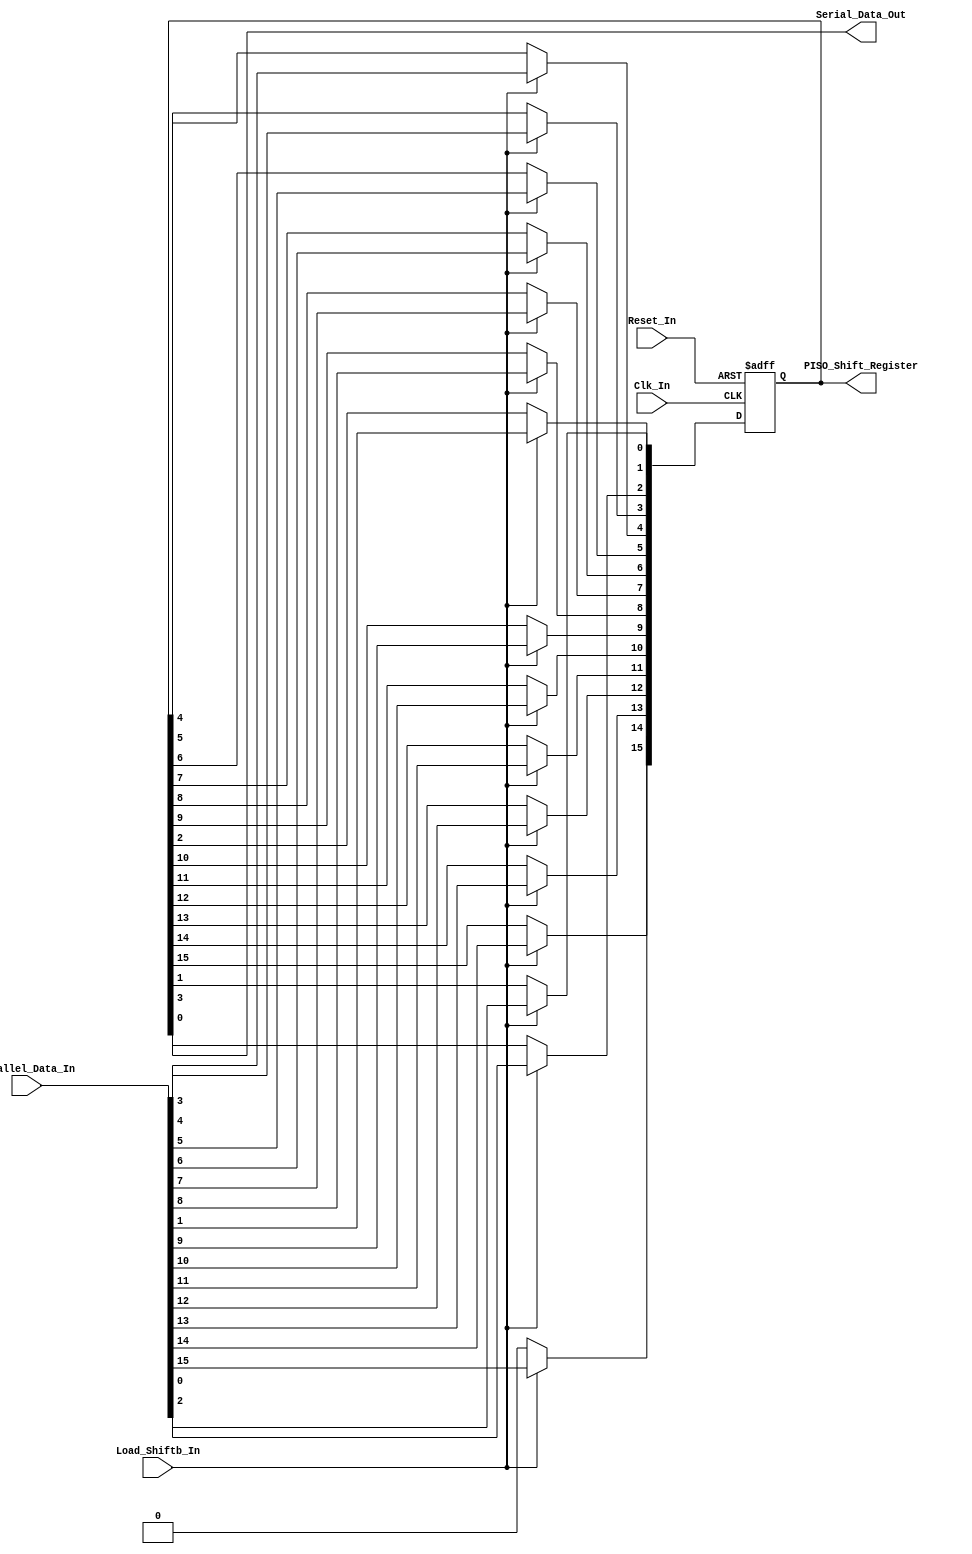
/*
Verilog Code, to implement a Parallel-In-Serial-Out - PISO - 16-Bit Shift Register.



Author : Prasad Narayan Ghatol
*/



module Parallel_In_Serial_Out_PISO_16_Bit (
    input             Clk_In,
    input             Reset_In,

    input             Load_Shiftb_In,
    input      [15:0] Parallel_Data_In,
    output            Serial_Data_Out,
    output reg [15:0] PISO_Shift_Register
);



// --------------------------------------------------
// Assignments
// --------------------------------------------------
assign Serial_Data_Out = PISO_Shift_Register[0];



// --------------------------------------------------
// Parallel-In-Serial-Out - PISO - 16-Bit Shift Register Logic
// --------------------------------------------------
always @ (negedge Clk_In or posedge Reset_In)
    begin
        if (Reset_In)
            begin
                PISO_Shift_Register <= 16'b0;
            end
        else if (Load_Shiftb_In)
            begin
                PISO_Shift_Register <= Parallel_Data_In;
            end
        else
            begin
                PISO_Shift_Register[15] <= 1'b0;
                PISO_Shift_Register[14] <= PISO_Shift_Register[15];
                PISO_Shift_Register[13] <= PISO_Shift_Register[14];
                PISO_Shift_Register[12] <= PISO_Shift_Register[13];
                PISO_Shift_Register[11] <= PISO_Shift_Register[12];
                PISO_Shift_Register[10] <= PISO_Shift_Register[11];
                PISO_Shift_Register[9]  <= PISO_Shift_Register[10];
                PISO_Shift_Register[8]  <= PISO_Shift_Register[9];
                PISO_Shift_Register[7]  <= PISO_Shift_Register[8];
                PISO_Shift_Register[6]  <= PISO_Shift_Register[7];
                PISO_Shift_Register[5]  <= PISO_Shift_Register[6];
                PISO_Shift_Register[4]  <= PISO_Shift_Register[5];
                PISO_Shift_Register[3]  <= PISO_Shift_Register[4];
                PISO_Shift_Register[2]  <= PISO_Shift_Register[3];
                PISO_Shift_Register[1]  <= PISO_Shift_Register[2];
                PISO_Shift_Register[0]  <= PISO_Shift_Register[1];
            end
    end



endmodule